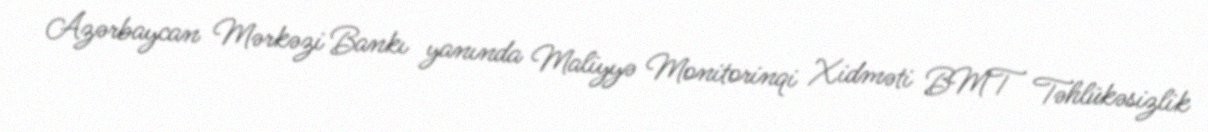
Azərbaycan Mərkəzi Bankı yanında Maliyyə Monitorinqi Xidməti BMT Təhlükəsizlik